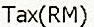
TAX(RM)